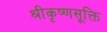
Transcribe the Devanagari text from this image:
श्रीकृष्णसूक्ति